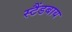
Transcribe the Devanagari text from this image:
स्टैंडबाय